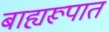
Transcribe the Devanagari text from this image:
बाह्यरूपात